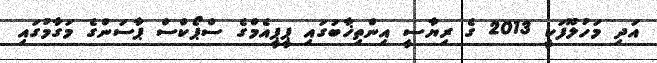
އަދި މަހުލޫފަކީ 2013 ގެ ރިޔާސީ އިންތިޚާބުގައި ޕީޕީއެމްގެ ސްޕޯކްސް ޕާސަންގެ މަގާމުގައި